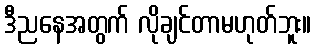
ဒီညနေအတွက် လိုချင်တာမဟုတ်ဘူး။